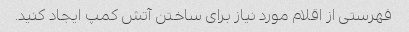
فهرستی از اقلام مورد نیاز برای ساختن آتش کمپ ایجاد کنید.